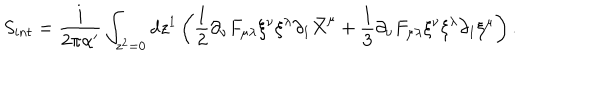
S _ { i n t } = \frac { i } { 2 \pi \alpha ^ { \prime } } \int _ { z ^ { 2 } = 0 } d z ^ { 1 } \left( \frac { 1 } { 2 } \partial _ { \nu } F _ { \mu \lambda } \xi ^ { \nu } \xi ^ { \lambda } \partial _ { 1 } \bar { X } ^ { \mu } + \frac { 1 } { 3 } \partial _ { \nu } F _ { \mu \lambda } \xi ^ { \nu } \xi ^ { \lambda } \partial _ { 1 } \xi ^ { \mu } \right) .